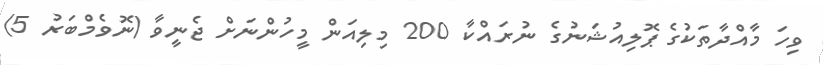
ވިހަ މާއްދާތަކުގެ ޕޮލިއުޝަނުގެ ނުރައްކާ 200 މިލިއަން މީހުންނަށް ޖެނީވާ (ނޮވެމްބަރު 5)